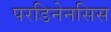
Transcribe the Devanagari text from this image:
परडिनेनसिस